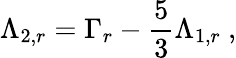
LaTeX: \Lambda_{2,r}=\Gamma_{r}-\frac 53\Lambda_{1,r}\ ,